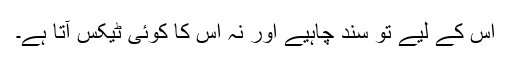
اس کے لیے تو سند چاہیے اور نہ اس کا کوئی ٹیکس آتا ہے۔